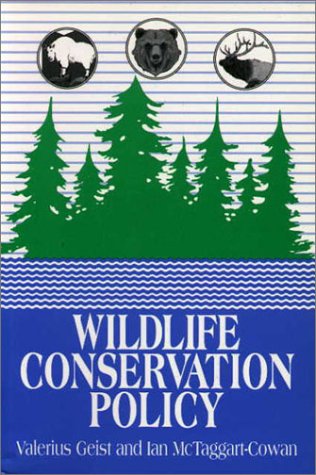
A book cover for Wildlife Conservation Policy; Ian McTaggart-Cowan; Science & Math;